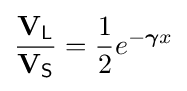
{\frac {\mathbf {V} _{\mathsf {L}}}{\mathbf {V} _{\mathsf {S}}}}={\frac {1}{2}}e^{-{\boldsymbol {\gamma }}x}